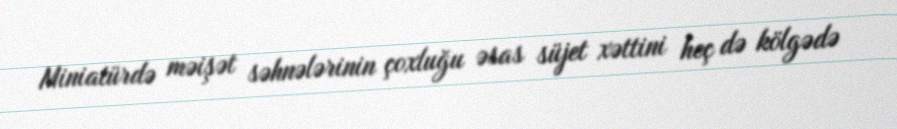
Miniatürdə məişət səhnələrinin çoxluğu əsas süjet xəttini heç də kölgədə